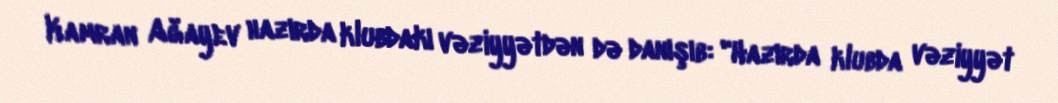
Kamran Ağayev hazırda klubdakı vəziyyətdən də danışıb: "Hazırda klubda vəziyyət